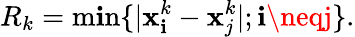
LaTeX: R_{k}=\operatorname*{m\mathbf{i}n}\{ |{\mathbf{x}}_{\mathbf{i}}^{k}-{\mathbf{x}}_{j}^{k}|;\mathbf{i}\neqj\} .